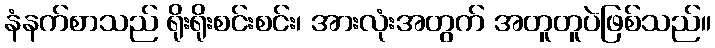
နံနက်စာသည် ရိုးရိုးစင်းစင်း၊ အားလုံးအတွက် အတူတူပဲဖြစ်သည်။